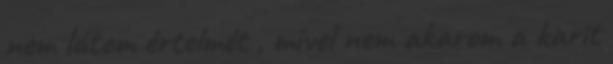
nem látom értelmét , mivel nem akarom a karit